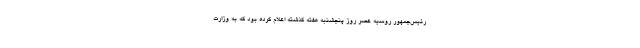
رئیس‌جمهور روسیه عصر روز پنجشنبه هفته گذشته اعلام کرده بود که به وزارت